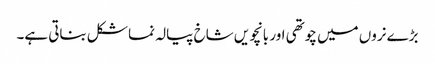
بڑے نروں میں چوتھی اور بانچویں شاخ پیالہ نما شکل بناتی ہے۔